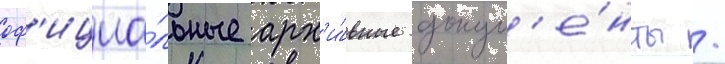
оф'ициа́льные арх'и́вные докум'е́нты /